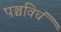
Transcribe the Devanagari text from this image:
पञ्चविधं